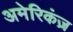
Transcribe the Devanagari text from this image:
अमेरिकंज़